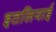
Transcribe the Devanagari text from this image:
इतलियाई